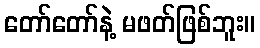
တော်တော်နဲ့ မဖတ်ဖြစ်ဘူး။